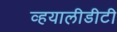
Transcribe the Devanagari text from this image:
व्हयालीडीटी